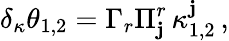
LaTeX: \delta_{\kappa}\theta_{1,2}=\Gamma_{r}\Pi_{\mathbf{j}}^{r}\, \kappa_{1,2}^{\mathbf{j}}\, ,